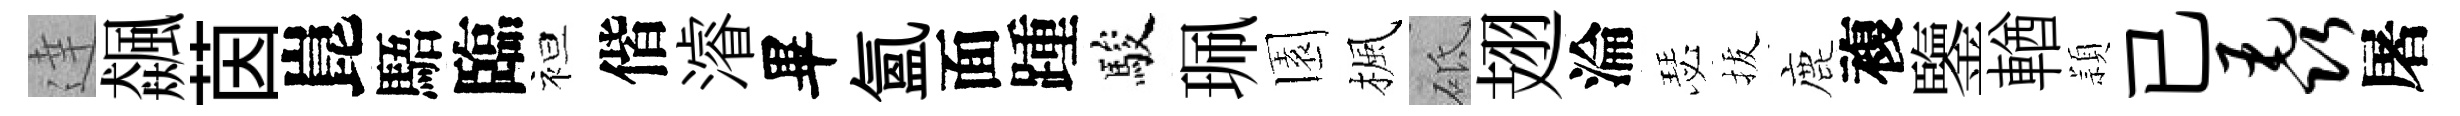
達飆茵崑䮏臨袒偕濬畢氳面踵駿珮園楓砥翅淪瑟拔鹿複鑒輶頴已毳屠